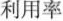
利用率